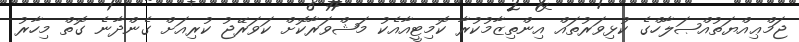
ޖަމްޢިއްޔަތުއްޞަލާހްގެ ކުޅިވަރުތައް އިންތިޒާމުކުރާ ކޮމިޓީއާއެކު މަޝްވަރާކޮށް ކަވަރޭޖު ކުރިއަަށް ގެންދާނެ ގޮތް މިހާރު